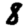
Digit: 8